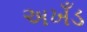
અખઁડ